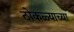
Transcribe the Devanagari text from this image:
ठोकळ्याच्या